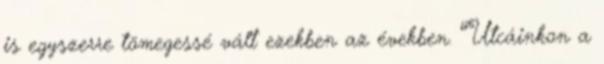
is egyszerre tömegessé vált ezekben az években. “Utcáinkon a